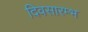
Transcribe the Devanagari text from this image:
दिवसारम्भ